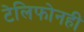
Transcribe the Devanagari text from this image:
टेलिफोनही